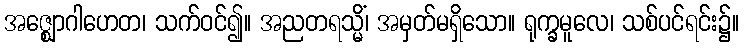
အဇ္ဈောဂါဟေတ၊ သက်ဝင်၍။ အညတရသ္မိံ၊ အမှတ်မရှိသော။ ရုက္ခမူလေ၊ သစ်ပင်ရင်း၌။